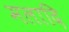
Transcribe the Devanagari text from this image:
मलादि